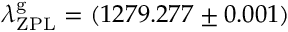
\lambda _ { \mathrm { Z P L } } ^ { \mathrm { g } } = ( 1 2 7 9 . 2 7 7 \pm 0 . 0 0 1 )